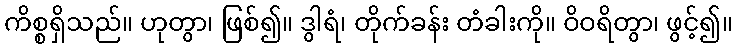
ကိစ္စရှိသည်။ ဟုတွာ၊ ဖြစ်၍။ ဒွါရံ၊ တိုက်ခန်း တံခါးကို။ ဝိဝရိတွာ၊ ဖွင့်၍။